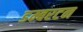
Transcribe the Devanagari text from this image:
डम्बरटन